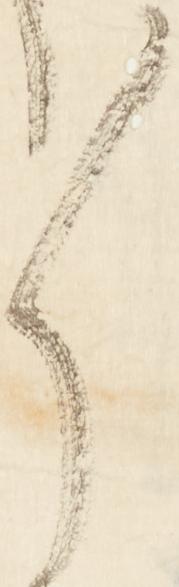
々